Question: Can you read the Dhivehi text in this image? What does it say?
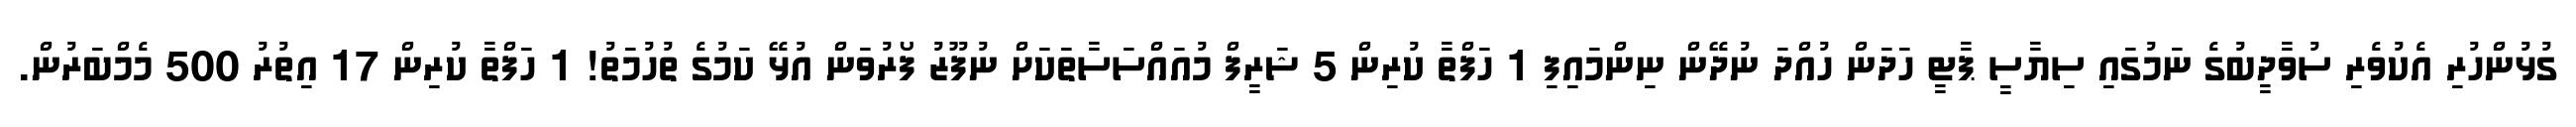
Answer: ގުޅުންހުރި އެކުވެރި ސުވާދީބުގެ ނަމުގައި ސިޔާސީ ޕާޓީ ހަދަން ހުއްދަ ނުދޭން ނިންމައިފި 1 ހަފްތާ ކުރިން 5 ޝަރީފް މުއައްސަސާތަކަށް ނުފޫޒު ފޯރުވަން އުޅޭ ކަމުގެ ތުހުމަތު! 1 ހަފްތާ ކުރިން 17 އިތުރު 500 މެމްބަރުން.